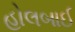
હોલબાઈ